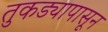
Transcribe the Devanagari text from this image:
तुकड्यापासून